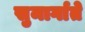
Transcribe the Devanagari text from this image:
सुमार्गाते